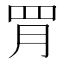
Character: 𦊈